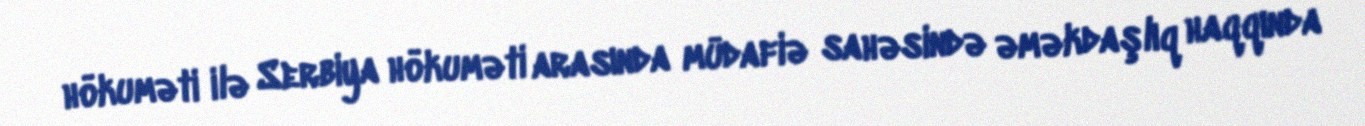
hökuməti ilə Serbiya hökuməti arasında müdafiə sahəsində əməkdaşlıq haqqında